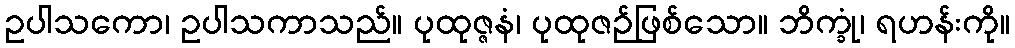
ဥပါသကော၊ ဥပါသကာသည်။ ပုထုဇ္ဇနံ၊ ပုထုဇဉ်ဖြစ်သော။ ဘိက္ခုံ၊ ရဟန်းကို။